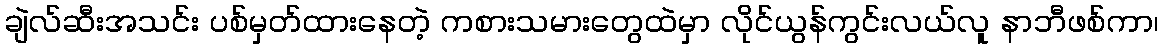
ချဲလ်ဆီးအသင်း ပစ်မှတ်ထားနေတဲ့ ကစားသမားတွေထဲမှာ လိုင်ယွန်ကွင်းလယ်လူ နာဘီဖစ်ကာ၊